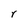
Character: r